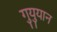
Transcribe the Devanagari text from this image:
गुयुयान